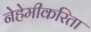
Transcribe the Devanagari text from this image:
नेहेमीकरिता